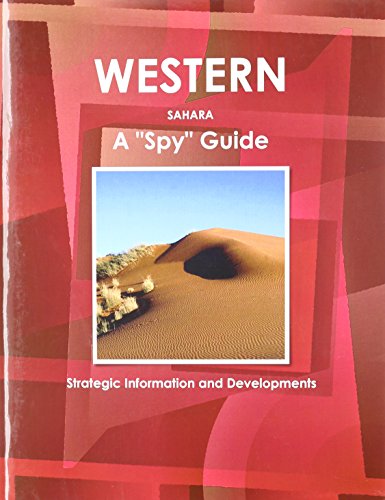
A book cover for Western Sahara: A Spy Guide (World Foreign Policy and Government Library); Ibp Usa; Travel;